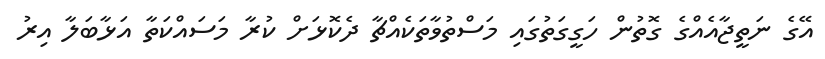
އޭގެ ނަތީޖާއެއްގެ ގޮތުން ހަގީގަތުގައި މަސްތުވާތަކެއްޗާ ދެކޮޅަށް ކުރާ މަސައްކަތާ އަޅާބަލާ އިރު